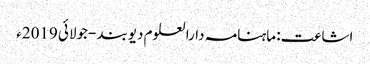
اشاعت: ماہنامہ دارالعلوم دیوبند -جولائی 2019ء